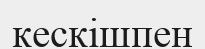
кескішпен